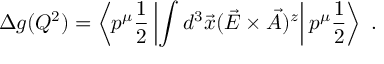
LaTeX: \Delta g ( Q ^ { 2 } ) = \left\langle p ^ { \mu } { \frac { 1 } { 2 } } \left| \int d ^ { 3 } \vec { x } ( \vec { E } \times \vec { A } ) ^ { z } \right| p ^ { \mu } { \frac { 1 } { 2 } } \right\rangle \ .